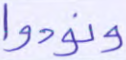
ونودوا